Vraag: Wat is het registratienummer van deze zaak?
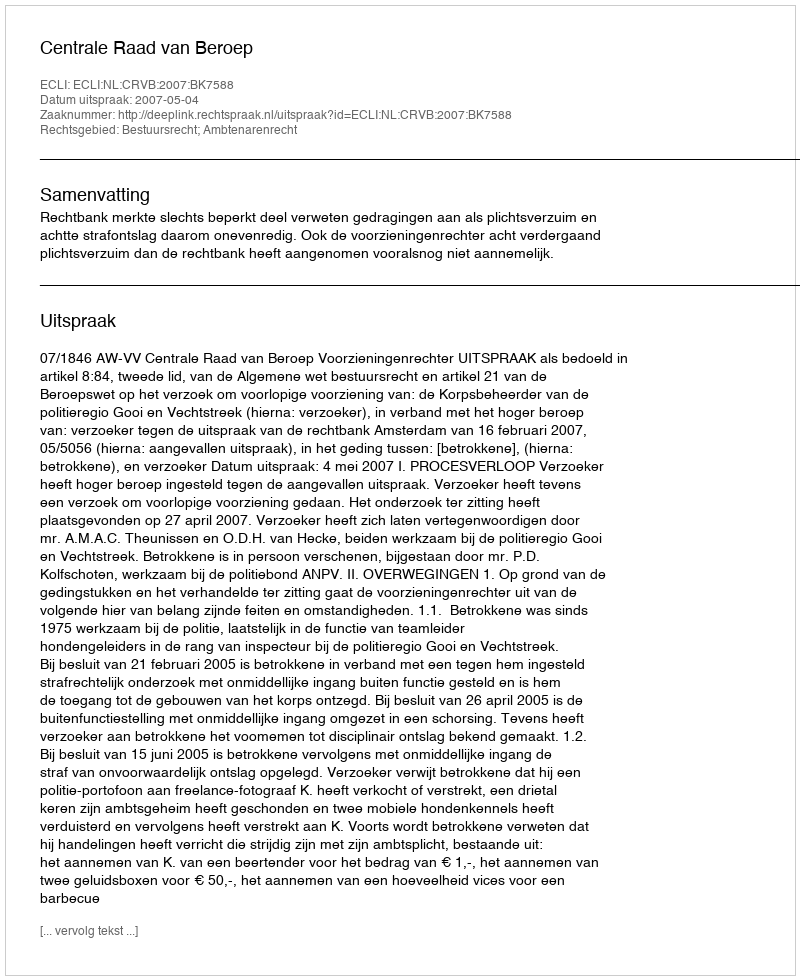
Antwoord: http://deeplink.rechtspraak.nl/uitspraak?id=ECLI:NL:CRVB:2007:BK7588